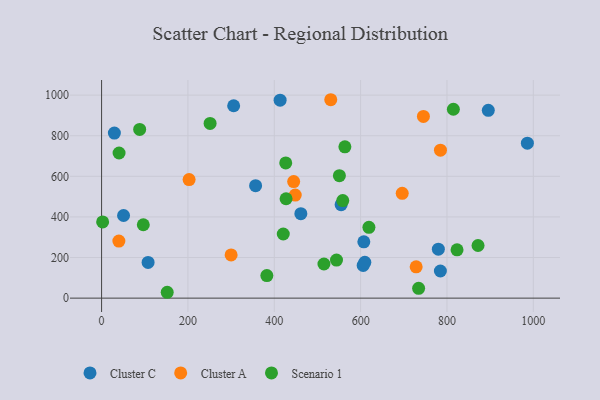
{"axis": {"x": "Investment", "y": "Salary"}, "legend": ["Cluster A", "Cluster C", "Scenario 1"], "data": [{"x": "50.9", "y": 407.1, "type": "Cluster C"}, {"x": "780.0", "y": 241.4, "type": "Cluster C"}, {"x": "29.6", "y": 813.0, "type": "Cluster C"}, {"x": "784.7", "y": 133.6, "type": "Cluster C"}, {"x": "554.8", "y": 460.2, "type": "Cluster C"}, {"x": "413.5", "y": 975.4, "type": "Cluster C"}, {"x": "986.2", "y": 763.2, "type": "Cluster C"}, {"x": "305.9", "y": 947.6, "type": "Cluster C"}, {"x": "605.9", "y": 161.3, "type": "Cluster C"}, {"x": "607.4", "y": 277.4, "type": "Cluster C"}, {"x": "609.7", "y": 176.3, "type": "Cluster C"}, {"x": "461.5", "y": 416.1, "type": "Cluster C"}, {"x": "895.7", "y": 925.0, "type": "Cluster C"}, {"x": "356.7", "y": 553.9, "type": "Cluster C"}, {"x": "107.7", "y": 176.0, "type": "Cluster C"}, {"x": "40.0", "y": 281.2, "type": "Cluster A"}, {"x": "300.0", "y": 212.9, "type": "Cluster A"}, {"x": "448.5", "y": 507.7, "type": "Cluster A"}, {"x": "728.6", "y": 154.1, "type": "Cluster A"}, {"x": "696.3", "y": 516.3, "type": "Cluster A"}, {"x": "530.8", "y": 977.4, "type": "Cluster A"}, {"x": "784.9", "y": 729.0, "type": "Cluster A"}, {"x": "444.9", "y": 574.0, "type": "Cluster A"}, {"x": "202.7", "y": 583.9, "type": "Cluster A"}, {"x": "745.4", "y": 894.9, "type": "Cluster A"}, {"x": "563.5", "y": 745.5, "type": "Scenario 1"}, {"x": "40.5", "y": 715.0, "type": "Scenario 1"}, {"x": "420.8", "y": 315.9, "type": "Scenario 1"}, {"x": "734.3", "y": 48.5, "type": "Scenario 1"}, {"x": "544.1", "y": 187.7, "type": "Scenario 1"}, {"x": "515.0", "y": 168.2, "type": "Scenario 1"}, {"x": "871.9", "y": 259.2, "type": "Scenario 1"}, {"x": "96.6", "y": 361.5, "type": "Scenario 1"}, {"x": "251.3", "y": 860.9, "type": "Scenario 1"}, {"x": "427.3", "y": 489.7, "type": "Scenario 1"}, {"x": "88.2", "y": 830.9, "type": "Scenario 1"}, {"x": "426.5", "y": 666.3, "type": "Scenario 1"}, {"x": "814.8", "y": 930.5, "type": "Scenario 1"}, {"x": "550.8", "y": 603.4, "type": "Scenario 1"}, {"x": "382.8", "y": 111.1, "type": "Scenario 1"}, {"x": "619.2", "y": 348.9, "type": "Scenario 1"}, {"x": "152.0", "y": 28.9, "type": "Scenario 1"}, {"x": "558.6", "y": 480.4, "type": "Scenario 1"}, {"x": "2.4", "y": 375.2, "type": "Scenario 1"}, {"x": "823.3", "y": 238.1, "type": "Scenario 1"}]}